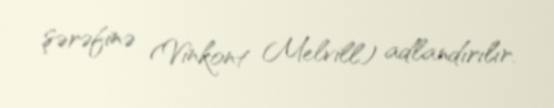
şərəfinə (Vinkont Melvill) adlandırılır.